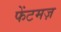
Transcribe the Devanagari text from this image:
फेंटमज़